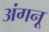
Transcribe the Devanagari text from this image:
अंगनू